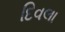
દિવલા